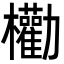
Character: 𣡒